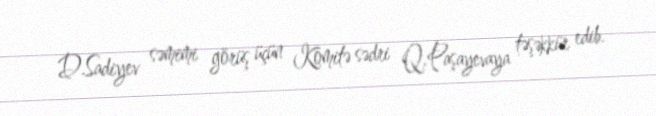
D.Sadiyev səmimi görüş üçün Komitə sədri Q.Paşayevaya təşəkkür edib.